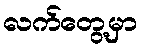
လက်တွေ့မှာ